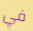
في